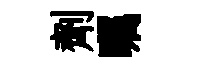
劑瞩